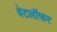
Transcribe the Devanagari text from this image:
वेटलॉफर